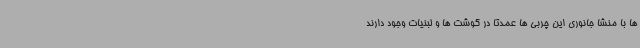
ها با منشا جانوری این چربی ها عمدتا در گوشت ها و لبنیات وجود دارند